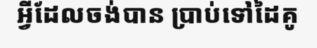
អ្វីដែលចង់បាន ប្រាប់ទៅដៃគូ